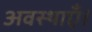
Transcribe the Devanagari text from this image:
अवस्थाएँ।